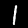
Label: 1